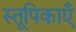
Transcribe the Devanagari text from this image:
स्तूपिकाएँ